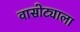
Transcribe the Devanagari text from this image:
वासोट्याला